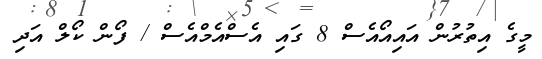
މީގެ އިތުރުން އައިއޯއެސް 8 ގައި އެސްއެމްއެސް / ފޯން ކޯލް އަދި